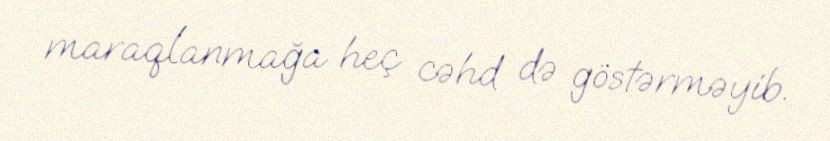
maraqlanmağa heç cəhd də göstərməyib.